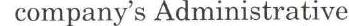
company's Administrative